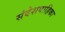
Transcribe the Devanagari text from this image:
संदेशवाहिका